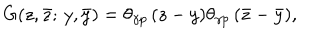
LaTeX: G ( z , \bar { z } ; \, y , \bar { y } ) = \theta _ { \gamma p } \, ( z - y ) \theta _ { \gamma p } \, ( \bar { z } - \bar { y } ) ,